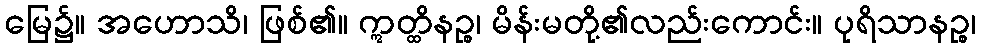
မြေ၌။ အဟောသိ၊ ဖြစ်၏။ ဣတ္ထိနဉ္စ၊ မိန်းမတို့၏လည်းကောင်း။ ပုရိသာနဉ္စ၊